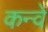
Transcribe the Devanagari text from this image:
कन्वे